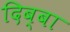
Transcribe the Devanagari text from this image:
दिब्बा